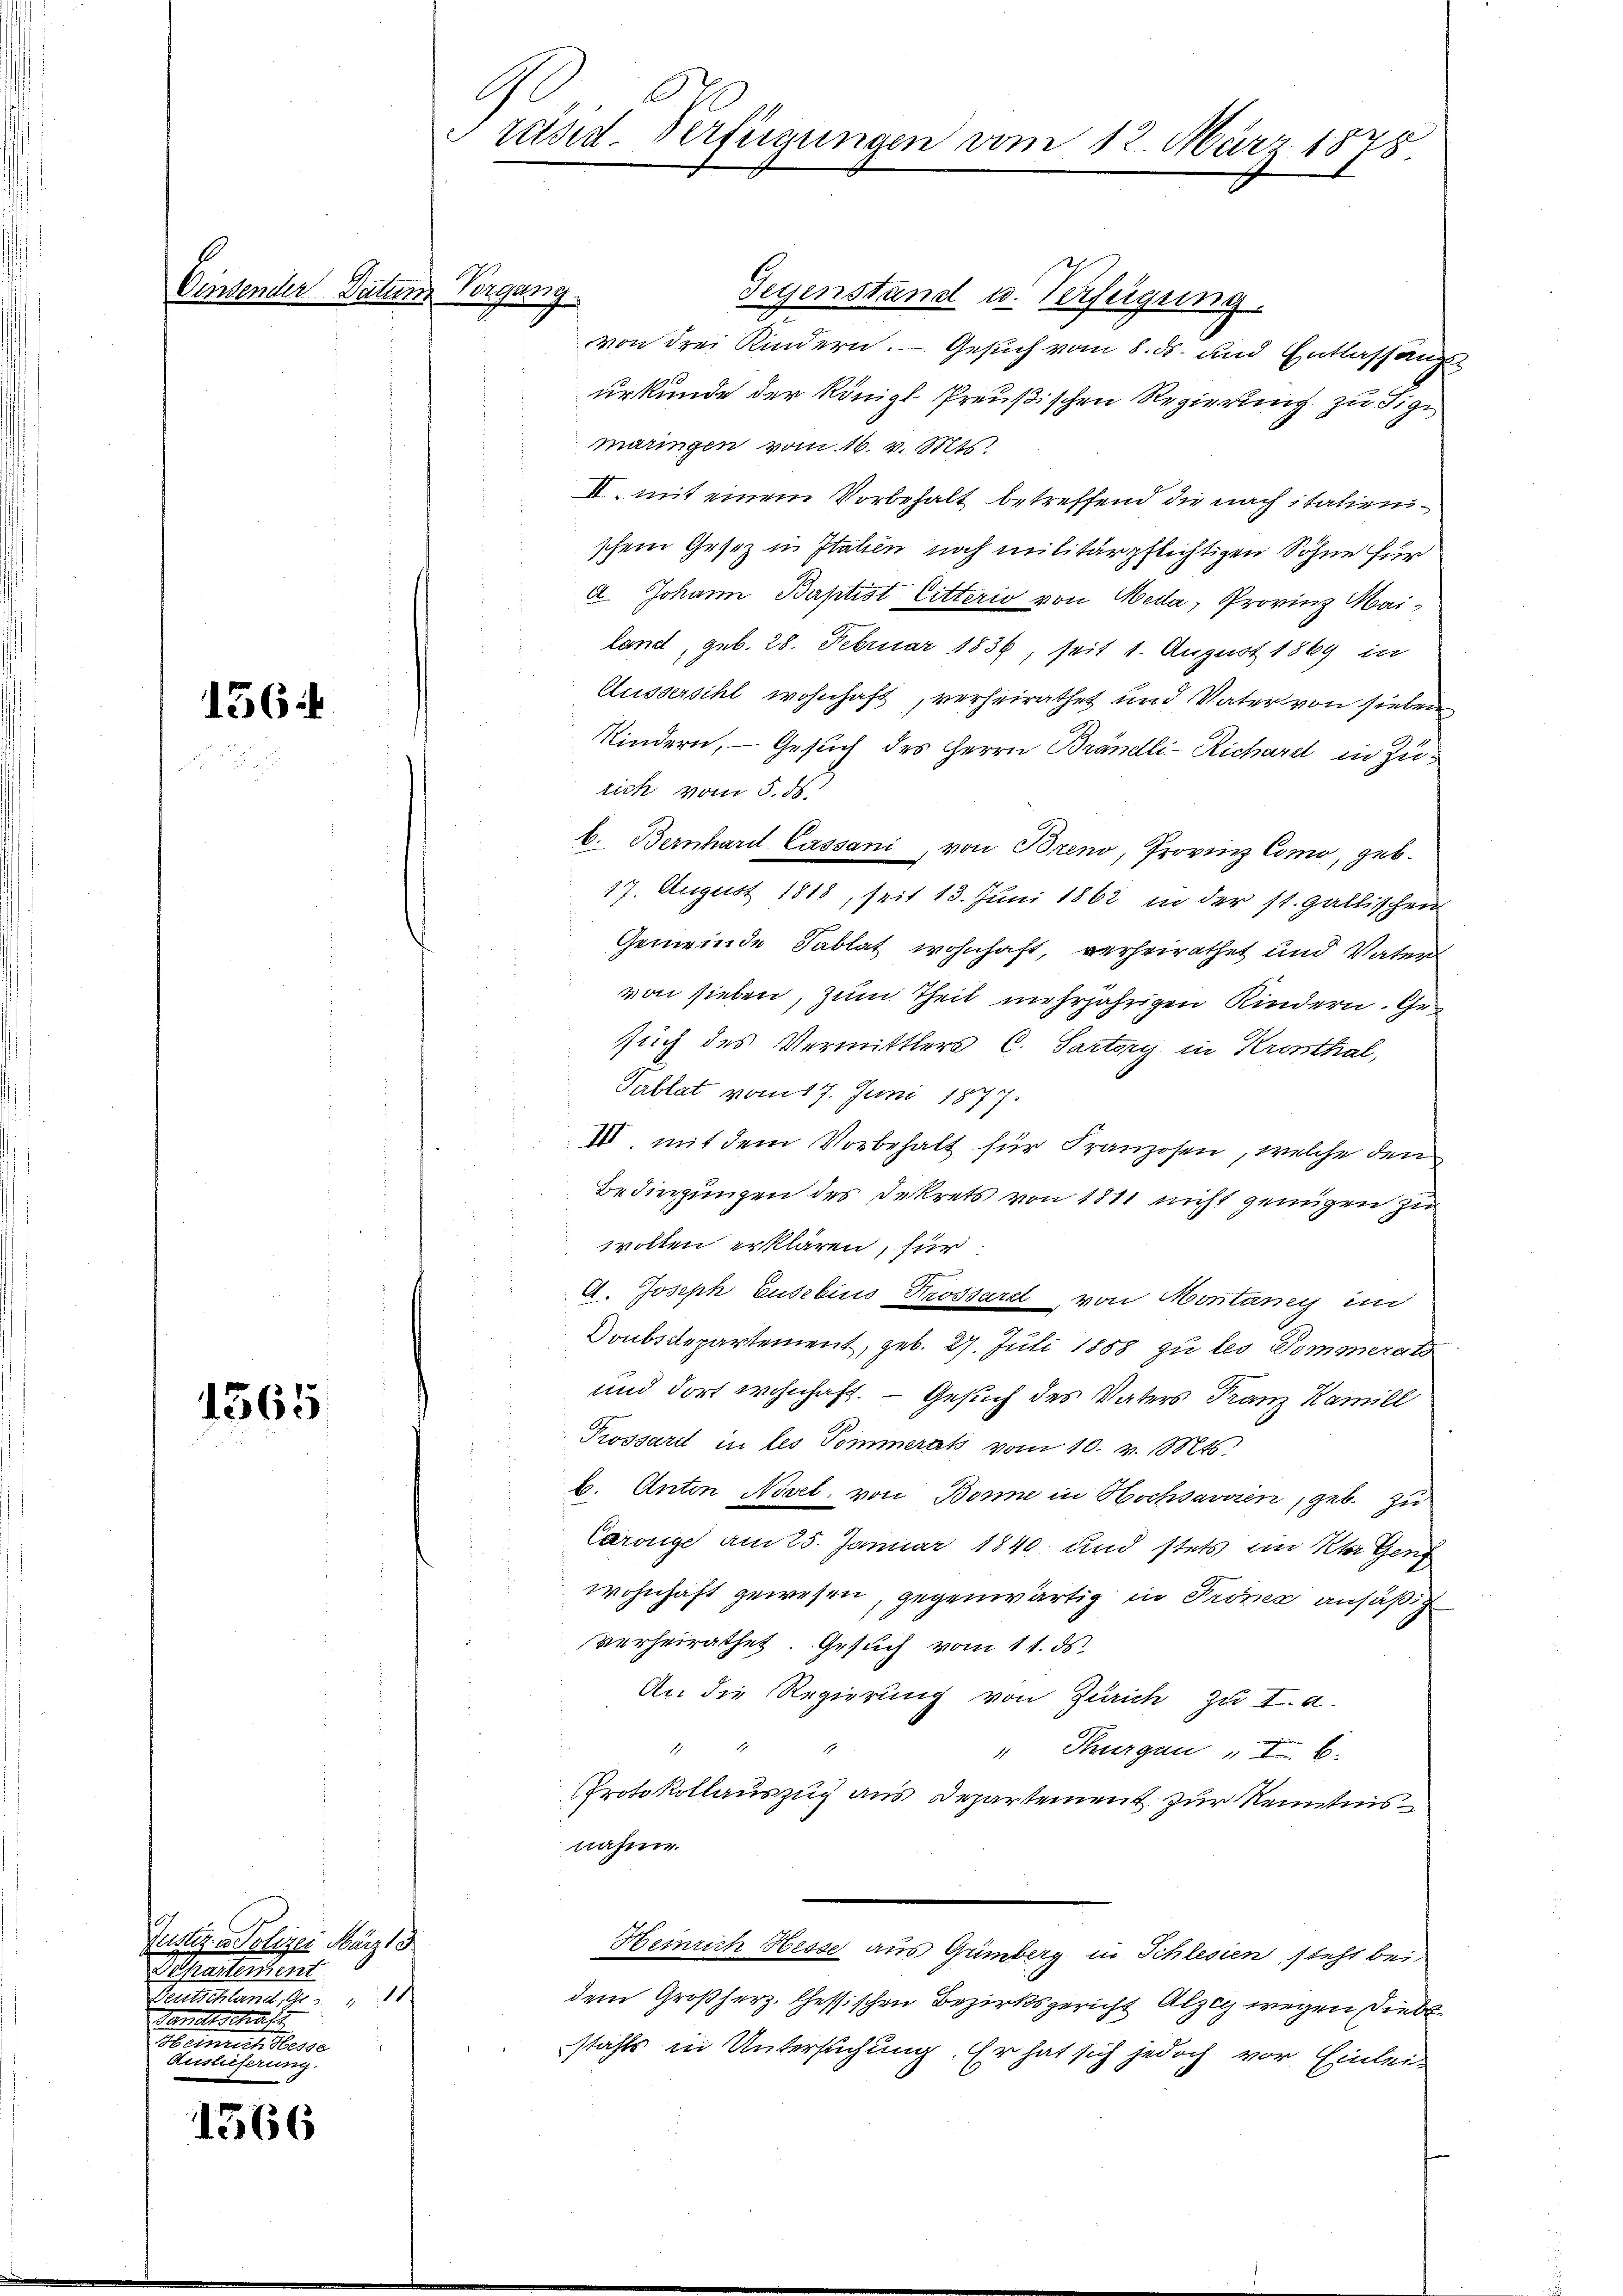
Vindender Datum Vergang

1564

1365

1566

Justiz & Polizei März d
Departentent
Deutschland, die
Tanettschaft
Heinrich desse
Auslieferung.

Präsid. Verfügungen vom 12. März 1878

Gegenstand u. Verfügung.
von drei Kindern. — Gesuch vom 8. ds. und Entlassung
urkunde der Königl. Preußischen Regierung zu Eige
maringen vom 16. v. Mts.
II. mit einem Vorbehalt betreffend die nach italienschem Gesetz in Italien noch militärpflichtigen Söhne für
A. Johann Baptist Citterio von Meda, Provinz Mailand, geb. 28. Februar 1836, seit 1. August 1869 in
Aussersihl wohnhaft, verheirathet und Vater von sieben
Kindern, — Gesuch des Herrn Brändli-Richard in Zurich vom 5. ds.
b. Bernhard Cassani, von Breno, Provinz Como, geb.
17. August 1818, seit 13. Juni 1862 in der St. Gallischen
Gemeinde Tablat wohnhaft, verheirathet und Vater
von sieben, zum Theil mehrjährigen Kindern. Gesuch des Vermittlers C. Sartory in Krosthal,
Pablat vom 17. Juni 1877.
III. mit dem Vorbehalt für Franzosen, welche den
Bedingungen des Dekrets von 1811 nicht genügen zu
wollen erklären, für
e
A. Joseph Eusebins Prossard, von Moritaney in
Doubsdepartement, geb. 27. Juli 1858 zu les Pommerats
und dort wohnhaft. — Gesuch des Vaters Franz Kamill
Prossard in les Pommerat vom 10. v. Mts.
b. Anton Novel, von Bone in Hochsavvien, geb. zu
Carolge am 25. Januar 1840 und stets im Klagend
wohnhaft gewesen, gegenwärtig in Proner ansäßig
verheirathet. Gesuch vom 11. ds.
An die Regierung von Zürich zu I. a.
e
"Burgen   E.
Protokollauszug aus Departement zur Kenntnisnahme.
Heinrich Hesse aus Gümberg in Schlesien, steht beidem Großherz. Cessischen Bezirksgericht Alzig wegen Diebs
stahls in Untersuchung. Er hat sich jedoch vor Einlei¬